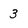
Character: 3